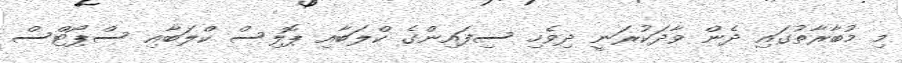
މި މުބާރާތުގައި ދެން ވާދަކުރަނީ ދިވެހި ސިފައިންގެ ކްލަބާއި ޕޮލިސް ކްލަބާއި ސްޕޯޓްސް